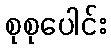
စုစုပေါင်း